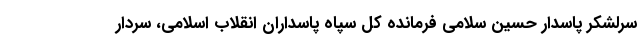
سرلشکر پاسدار حسین سلامی فرمانده کل سپاه پاسداران انقلاب اسلامی، سردار